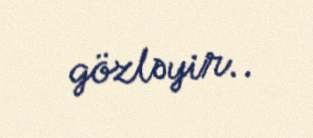
gözləyir..